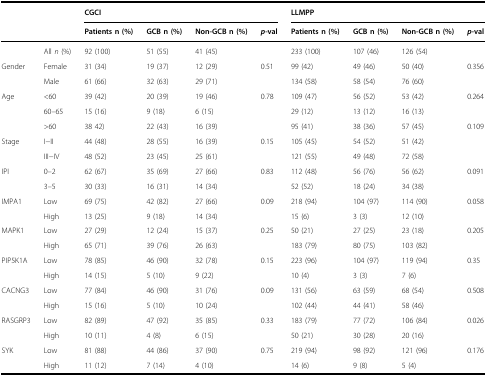
<table><thead><tr><td></td><td></td><td colspan="4"><b>CGCI</b></td><td colspan="4"><b>LLMPP</b></td></tr><tr><td></td><td></td><td><b>Patientsn (%)</b></td><td><b>GCBn (%)</b></td><td><b>Non-GCBn (%)</b></td><td><b><i>p</i>-val</b></td><td><b>Patientsn (%)</b></td><td><b>GCBn (%)</b></td><td><b>Non-GCBn (%)</b></td><td><b><i>p</i>-val</b></td></tr></thead><tbody><tr><td></td><td>All <i>n</i> (%)</td><td>92 (100)</td><td>51 (55)</td><td>41 (45)</td><td></td><td>233 (100)</td><td>107 (46)</td><td>126 (54)</td><td></td></tr><tr><td>Gender</td><td>Female</td><td>31 (34)</td><td>19 (37)</td><td>12 (29)</td><td>0.51</td><td>99 (42)</td><td>49 (46)</td><td>50 (40)</td><td>0.356</td></tr><tr><td></td><td>Male</td><td>61 (66)</td><td>32 (63)</td><td>29 (71)</td><td></td><td>134 (58)</td><td>58 (54)</td><td>76 (60)</td><td></td></tr><tr><td>Age</td><td>&lt;60</td><td>39 (42)</td><td>20 (39)</td><td>19 (46)</td><td>0.78</td><td>109 (47)</td><td>56 (52)</td><td>53 (42)</td><td>0.264</td></tr><tr><td></td><td>60–65</td><td>15 (16)</td><td>9 (18)</td><td>6 (15)</td><td></td><td>29 (12)</td><td>13 (12)</td><td>16 (13)</td><td></td></tr><tr><td></td><td>&gt;60</td><td>38 42)</td><td>22 (43)</td><td>16 (39)</td><td></td><td>95 (41)</td><td>38 (36)</td><td>57 (45)</td><td>0.109</td></tr><tr><td>Stage</td><td>I−II</td><td>44 (48)</td><td>28 (55)</td><td>16 (39)</td><td>0.15</td><td>105 (45)</td><td>54 (52)</td><td>51 (42)</td><td></td></tr><tr><td></td><td>III−IV</td><td>48 (52)</td><td>23 (45)</td><td>25 (61)</td><td></td><td>121 (55)</td><td>49 (48)</td><td>72 (58)</td><td></td></tr><tr><td>IPI</td><td>0–2</td><td>62 (67)</td><td>35 (69)</td><td>27 (66)</td><td>0.83</td><td>112 (48)</td><td>56 (76)</td><td>56 (62)</td><td>0.091</td></tr><tr><td></td><td>3–5</td><td>30 (33)</td><td>16 (31)</td><td>14 (34)</td><td></td><td>52 (52)</td><td>18 (24)</td><td>34 (38)</td><td></td></tr><tr><td>IMPA1</td><td>Low</td><td>69 (75)</td><td>42 (82)</td><td>27 (66)</td><td>0.09</td><td>218 (94)</td><td>104 (97)</td><td>114 (90)</td><td>0.058</td></tr><tr><td></td><td>High</td><td>13 (25)</td><td>9 (18)</td><td>14 (34)</td><td></td><td>15 (6)</td><td>3 (3)</td><td>12 (10)</td><td></td></tr><tr><td>MAPK1</td><td>Low</td><td>27 (29)</td><td>12 (24)</td><td>15 (37)</td><td>0.25</td><td>50 (21)</td><td>27 (25)</td><td>23 (18)</td><td>0.205</td></tr><tr><td></td><td>High</td><td>65 (71)</td><td>39 (76)</td><td>26 (63)</td><td></td><td>183 (79)</td><td>80 (75)</td><td>103 (82)</td><td></td></tr><tr><td>PIP5K1A</td><td>Low</td><td>78 (85)</td><td>46 (90)</td><td>32 (78)</td><td>0.15</td><td>223 (96)</td><td>104 (97)</td><td>119 (94)</td><td>0.35</td></tr><tr><td></td><td>High</td><td>14 (15)</td><td>5 (10)</td><td>9 (22)</td><td></td><td>10 (4)</td><td>3 (3)</td><td>7 (6)</td><td></td></tr><tr><td>CACNG3</td><td>Low</td><td>77 (84)</td><td>46 (90)</td><td>31 (76)</td><td>0.09</td><td>131 (56)</td><td>63 (59)</td><td>68 (54)</td><td>0.508</td></tr><tr><td></td><td>High</td><td>15 (16)</td><td>5 (10)</td><td>10 (24)</td><td></td><td>102 (44)</td><td>44 (41)</td><td>58 (46)</td><td></td></tr><tr><td>RASGRP3</td><td>Low</td><td>82 (89)</td><td>47 (92)</td><td>35 (85)</td><td>0.33</td><td>183 (79)</td><td>77 (72)</td><td>106 (84)</td><td>0.026</td></tr><tr><td></td><td>High</td><td>10 (11)</td><td>4 (8)</td><td>6 (15)</td><td></td><td>50 (21)</td><td>30 (28)</td><td>20 (16)</td><td></td></tr><tr><td>SYK</td><td>Low</td><td>81 (88)</td><td>44 (86)</td><td>37 (90)</td><td>0.75</td><td>219 (94)</td><td>98 (92)</td><td>121 (96)</td><td>0.176</td></tr><tr><td></td><td>High</td><td>11 (12)</td><td>7 (14)</td><td>4 (10)</td><td></td><td>14 (6)</td><td>9 (8)</td><td>5 (4)</td><td></td></tr></tbody></table>